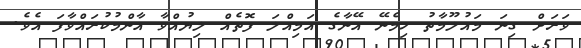
ވަރަށް ގިނަ މައުލޫމާތު ހިމެނޭ އޭނާގެ އަމިއްލަ ފޮތެއް ލިޔުއްވާ އާންމުކުރައްވާފަ އެވެ.